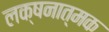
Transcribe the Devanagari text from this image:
लक्षनात्मक